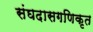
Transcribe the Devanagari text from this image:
संघदासगणिकृत